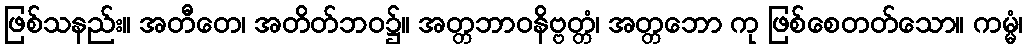
ဖြစ်သနည်း။ အတီတေ၊ အတိတ်ဘဝ၌။ အတ္တဘာဝနိဗ္ဗတ္တံ၊ အတ္တဘော ကု ဖြစ်စေတတ်သော။ ကမ္မံ၊